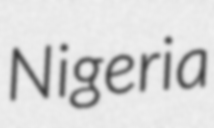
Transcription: Nigeria